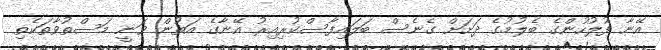
އޭނާ ފުލުހުންގެ ބެލުމުގެ ދަށަށް ގެނެސް ބަލައިފާސްކުރިއިރު އޭނާގެ އަތުން ވަނީ މަސްތުވާތަކެތި